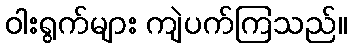
ဝါးရွက်များ ကျဲပက်ကြသည်။